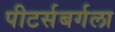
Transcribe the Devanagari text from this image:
पीटर्सबर्गला